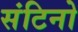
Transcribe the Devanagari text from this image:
संटिनो